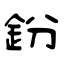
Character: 鈖